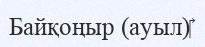
Байқоңыр (ауыл)‎